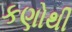
કણોથી